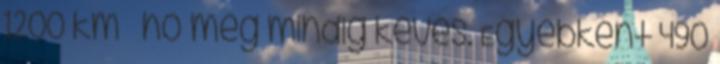
1200 km hó még mindig kevés. Egyébként 490